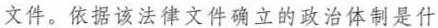
文件确立的政治体制是什